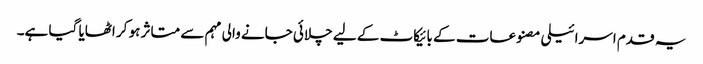
یہ قدم اسرائیلی مصنوعات کے بائیکاٹ کے لیے چلائی جانے والی مہم سے متاثر ہو کر اٹھایا گیا ہے۔